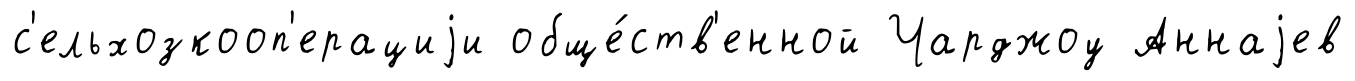
с'ельхозкооп'ерациjи обще́ств'енной Чарджоу Аннаjев